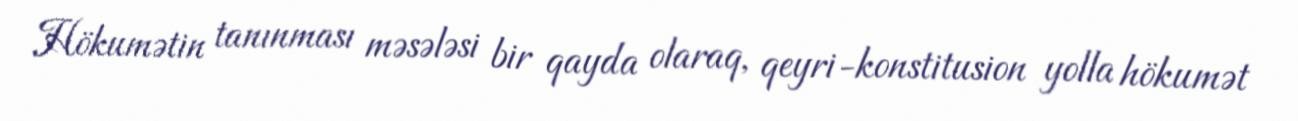
Hökumətin tanınması məsələsi bir qayda olaraq, qeyri-konstitusion yolla hökumət